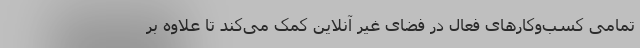
تمامی کسب‌وکارهای فعال در فضای غیر‌ آنلاین کمک می‌کند تا علاوه بر